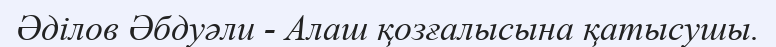
Әділов Әбдуәли - Алаш қозғалысына қатысушы.